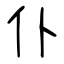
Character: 仆